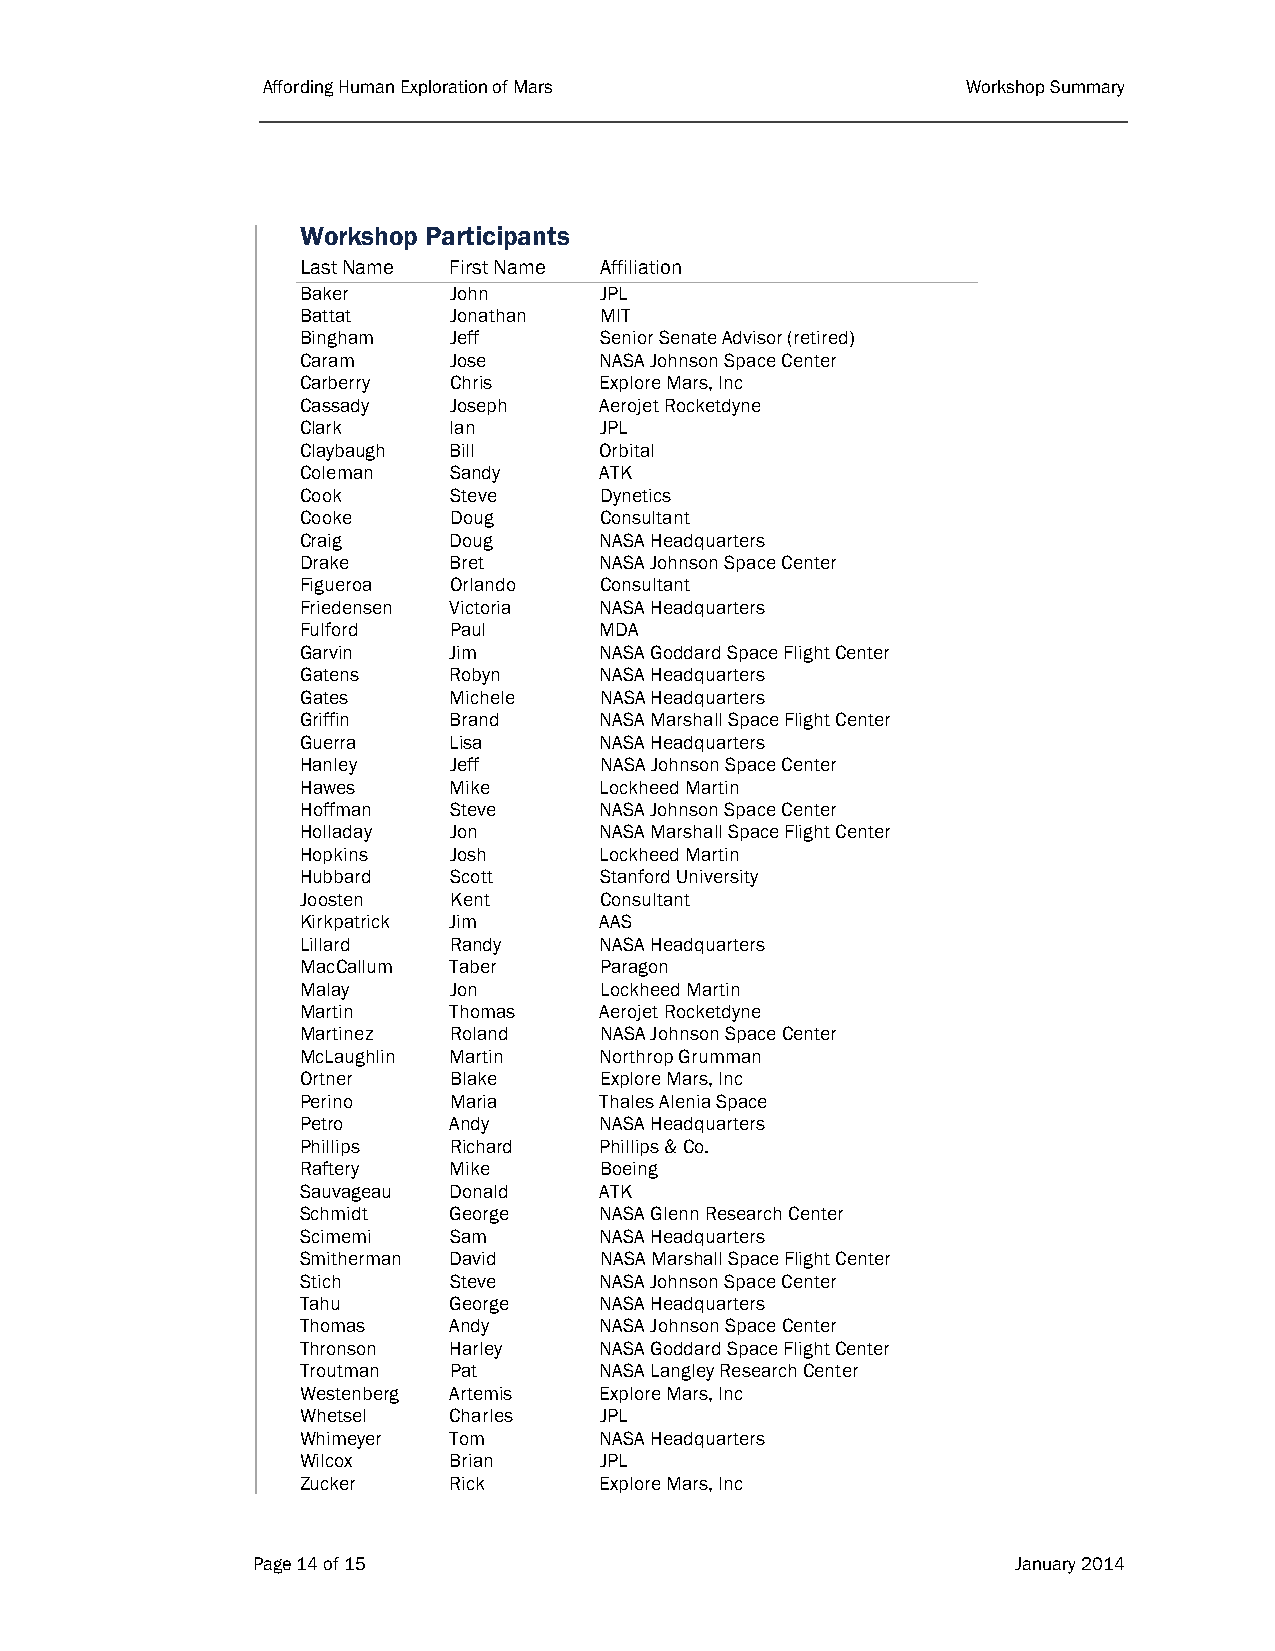
Affording Human Exploration of Mars            Workshop Summary
 Workshop Participants
 Last Name First Name Affiliation
 Baker     John      JPL
 Battat    Jonathan  MIT
 Bingham   Jeff      Senior Senate Advisor (retired)
 Caram     Jose      NASA Johnson Space Center
 Carberry  Chris     Explore Mars, Inc
 Cassady   Joseph    Aerojet Rocketdyne
 Clark     Ian       JPL
 Claybaugh Bill      Orbital
 Coleman   Sandy     ATK
 Cook      Steve     Dynetics
 Cooke     Doug      Consultant
 Craig     Doug      NASA Headquarters
 Drake     Bret      NASA Johnson Space Center
 Figueroa  Orlando   Consultant
 Friedensen Victoria NASA Headquarters
 Fulford   Paul      MDA
 Garvin    Jim       NASA Goddard Space Flight Center
 Gatens    Robyn     NASA Headquarters
 Gates     Michele   NASA Headquarters
 Griffin   Brand     NASA Marshall Space Flight Center
 Guerra    Lisa      NASA Headquarters
 Hanley    Jeff      NASA Johnson Space Center
 Hawes     Mike      Lockheed Martin
 Hoffman   Steve     NASA Johnson Space Center
 Holladay  Jon       NASA Marshall Space Flight Center
 Hopkins   Josh      Lockheed Martin
 Hubbard   Scott     Stanford University
 Joosten   Kent      Consultant
 Kirkpatrick Jim     AAS
 Lillard   Randy     NASA Headquarters
 MacCallum Taber     Paragon
 Malay     Jon       Lockheed Martin
 Martin    Thomas    Aerojet Rocketdyne
 Martinez  Roland    NASA Johnson Space Center
 McLaughlin Martin   Northrop Grumman
 Ortner    Blake     Explore Mars, Inc
 Perino    Maria     Thales Alenia Space
 Petro     Andy      NASA Headquarters
 Phillips  Richard   Phillips & Co.
 Raftery   Mike      Boeing
 Sauvageau Donald    ATK
 Schmidt   George    NASA Glenn Research Center
 Scimemi   Sam       NASA Headquarters
 Smitherman David    NASA Marshall Space Flight Center
 Stich     Steve     NASA Johnson Space Center
 Tahu      George    NASA Headquarters
 Thomas    Andy      NASA Johnson Space Center
 Thronson  Harley    NASA Goddard Space Flight Center
 Troutman  Pat       NASA Langley Research Center
 Westenberg Artemis  Explore Mars, Inc
 Whetsel   Charles   JPL
 Whimeyer  Tom       NASA Headquarters
 Wilcox    Brian     JPL
 Zucker    Rick      Explore Mars, Inc
 Page 14 of 15                                     January 2014